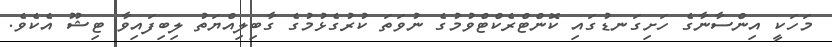
މަހަކީ އިންސާނާގެ ހަށިގަނޑުގައި ކޮންޓްރެކްޓްވުމުގެ ނުވަތަ ކުރުގެޅުމުގެ ގާބިލިއްޔަތު ލިބިފައިވާ ޓިޝޫ އެކެވެ.